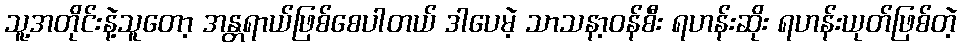
သူ့အတိုင်းနဲ့သူတော့ အန္တရာယ်ဖြစ်စေပါတယ် ဒါပေမဲ့ သာသနာ့ဝန်စီး ရဟန်းဆိုး ရဟန်းယုတ်ဖြစ်တဲ့